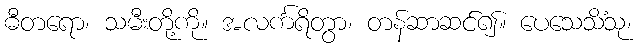
ဓီတရော၊ သမီးတို့ကို။ အလင်္ကရိတွာ၊ တန်ဆာဆင်၍။ ပေသေသိံသု၊